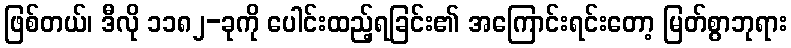
ဖြစ်တယ်၊ ဒီလို ၁၁၈၂-ခုကို ပေါင်းထည့်ရခြင်း၏ အကြောင်းရင်းတော့ မြတ်စွာဘုရား